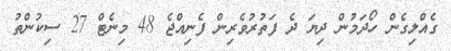
ގެއްލިގެން ހޯދަމުން ދިޔަ ދެ ފަތުރުވެރިން ފެނިއްޖެ 48 މިނެޓް 27 ސިކުންތު